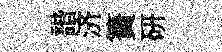
諧济簀研